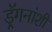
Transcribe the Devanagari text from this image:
ड्रॅगनांशी